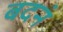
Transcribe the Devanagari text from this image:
बदनं